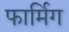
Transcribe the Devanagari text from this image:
फार्मिग